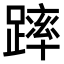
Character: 𨄮